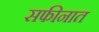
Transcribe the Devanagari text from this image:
सफीनात